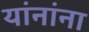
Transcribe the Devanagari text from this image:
यांनांना